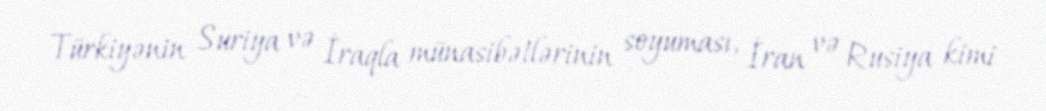
Türkiyənin Suriya və İraqla münasibətlərinin soyuması, İran və Rusiya kimi